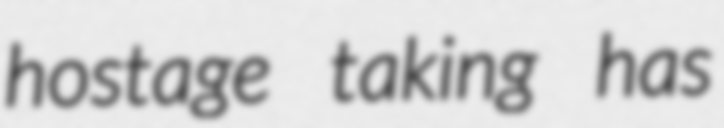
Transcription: hostage taking has